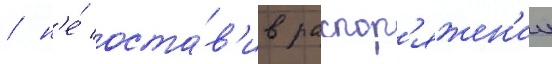
/ н'е́ оста́в'ив распор'яжен'ии